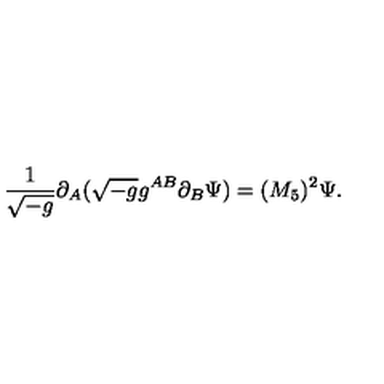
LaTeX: { \frac { 1 } { \sqrt { - g } } } \partial _ { A } ( \sqrt { - g } g ^ { A B } \partial _ { B } \Psi ) = ( M _ { 5 } ) ^ { 2 } \Psi .